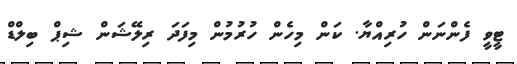
ޓީވީ ފެންނަން ހުރިއްޔާ. ކަން މިހެން ހުރުމުން މިފަދަ ރިލޭޝަން ޝިޕް ބިލްޑް